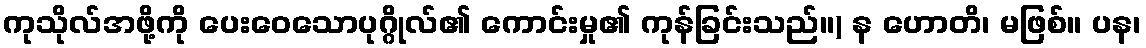
ကုသိုလ်အဖို့ကို ပေးဝေသောပုဂ္ဂိုလ်၏ ကောင်းမှု၏ ကုန်ခြင်းသည်။) န ဟောတိ၊ မဖြစ်။ ပန၊